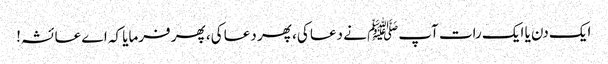
ایک دن یا ایک رات آپﷺ نے دعا کی، پھر دعا کی، پھر فرمایا کہ اے عائشہ!